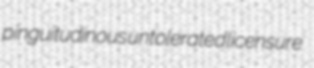
pinguitudinous untolerated licensure